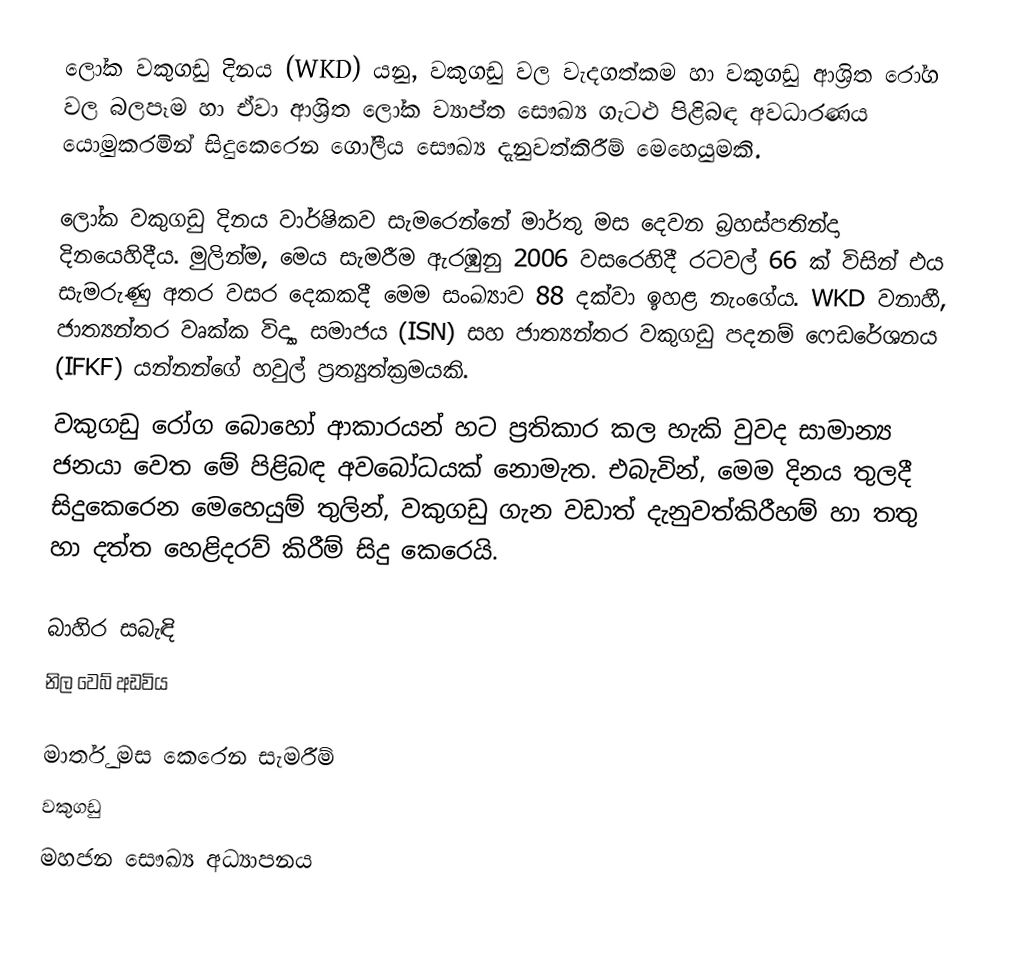
ලෝක වකුගඩු දිනය (WKD) යනු,  වකුගඩු වල වැදගත්කම හා වකුගඩු ආශ්‍රිත රෝග වල බලපෑම හා ඒවා ආශ්‍රිත ලෝක ව්‍යාප්ත සෞඛ්‍ය ගැටළු පිළිබඳ  අවධාරණය යොමුකරමින් සිදුකෙරෙන ගෝලීය සෞඛ්‍ය දැනුවත්කිරීම් මෙහෙයුමකි.

ලෝක වකුගඩු දිනය වාර්ෂිකව සැමරෙන්නේ මාර්තු මස දෙවන බ්‍රහස්පතින්දා දිනයෙහිදීය. මුලින්ම, මෙය සැමරීම ඇරඹුනු 2006 වසරෙහිදී රටවල් 66 ක් විසින් එය සැමරුණු අතර වසර දෙකකදී මෙම සංඛ්‍යාව 88 දක්වා ඉහළ නැංගේය. WKD වනාහී,   ජාත්‍යන්තර වෘක්ක විද්‍යා සමාජය (ISN) සහ ජාත්‍යන්තර වකුගඩු පදනම් ෆෙඩරේශනය (IFKF) යන්නන්ගේ හවුල් ප්‍රත්‍යුත්ක්‍රමයකි.
වකුගඩු රෝග﻿ බොහෝ ආකාරයන් හට ප්‍රතිකාර කල හැකි වුවද සාමාන්‍ය ජනයා වෙත මේ පිළිබඳ අවබෝධයක් නොමැත. එබැවින්, මෙම දිනය තුලදී සිදුකෙරෙන මෙහෙයුම් තුලින්,  වකුගඩු ගැන වඩාත් දැනුවත්කිරීහම් හා තතු හා දත්ත හෙළිදරව් කිරීම් සිදු කෙරෙයි.

බාහිර සබැඳි
 නිල වෙබ් අඩවිය

මාර්තු මස කෙරෙන සැමරීම්
වකුගඩු
මහජන සෞඛ්‍ය අධ්‍යාපනය